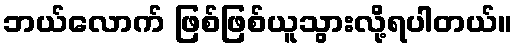
ဘယ်လောက် ဖြစ်ဖြစ်ယူသွားလို့ရပါတယ်။